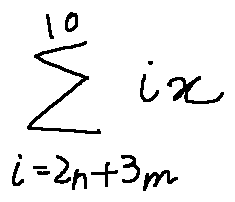
\sum \limits _ { i = 2 n + 3 m } ^ { 1 0 } i x